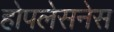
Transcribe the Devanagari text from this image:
होपलेसनेस